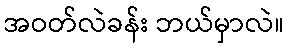
အဝတ်လဲခန်း ဘယ်မှာလဲ။